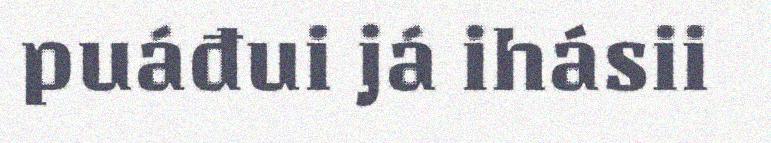
puáđui já ihásii